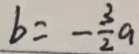
b = - \frac { 3 } { 2 } a